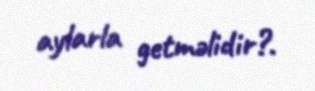
aylarla getməlidir?.